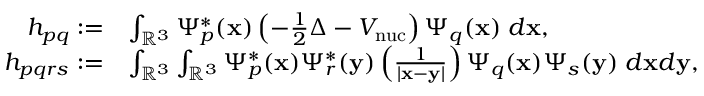
\begin{array} { r l } { h _ { p q } : = } & { \int _ { \mathbb { R } ^ { 3 } } \Psi _ { p } ^ { * } ( \mathbf { x } ) \left( - \frac { 1 } { 2 } \Delta - V _ { \mathrm { n u c } } \right) \Psi _ { q } ( \mathbf { x } ) \; d \mathbf { x } , } \\ { h _ { p q r s } : = } & { \int _ { \mathbb { R } ^ { 3 } } \int _ { \mathbb { R } ^ { 3 } } \Psi _ { p } ^ { * } ( \mathbf { x } ) \Psi _ { r } ^ { * } ( \mathbf { y } ) \left( \frac { 1 } { | \mathbf { x } - \mathbf { y } | } \right) \Psi _ { q } ( \mathbf { x } ) \Psi _ { s } ( \mathbf { y } ) \; d \mathbf { x } d \mathbf { y } , } \end{array}